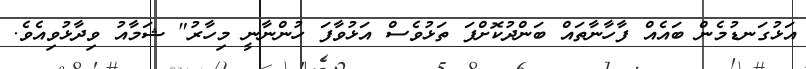
އަޅުގަނޑުމެން ބައެއް ފާހާނާތައް ބަންދުކޮށްފަ ތަޅުވެސް އަޅުވާފަ ހުންނާނީ މިހާރު" ޝަމާއު ވިދާޅުވިއެވެ.